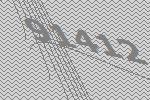
91412